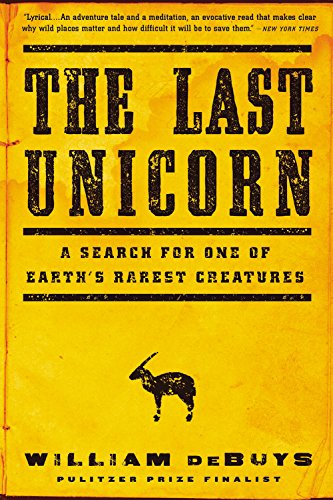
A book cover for The Last Unicorn: A Search for One of Earth's Rarest Creatures; William deBuys; Science & Math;